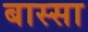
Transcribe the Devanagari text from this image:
बास्सा